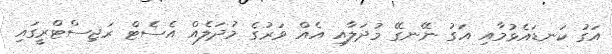
އަގު ކަނޑައެޅުމާއި އަގު ނޭނގޭ މުދަލާއި އެއް ވަރުގެ މުދަލެއް އެސެޓް ރަޖިސްޓްރީގައި